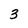
Character: 3